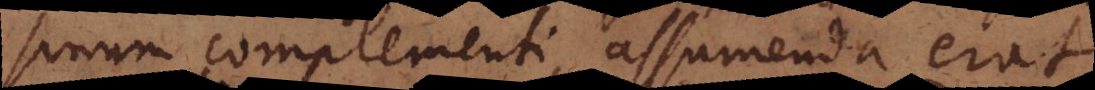
sinum complementi, assumenda erat